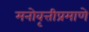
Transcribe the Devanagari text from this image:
मनोवृत्तीप्रमाणे